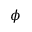
\phi